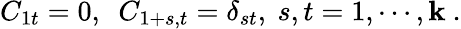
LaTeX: C_{1t}=0,~~C_{1+s,t}=\delta_{st},~s,t=1,\cdots,\mathbf{k}~.